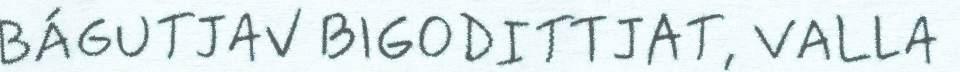
BÁGUTJAV BIGODITTJAT, VALLA